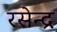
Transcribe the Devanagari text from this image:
रसेन्द्र